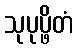
သုပုပ္ဖိတံ